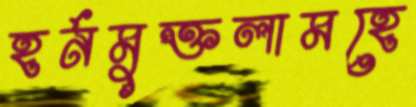
হর্নমুক্তলামহে